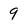
Character: 9